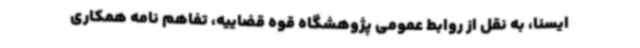
ایسنا، به نقل از روابط عمومی پژوهشگاه قوه قضاییه، تفاهم نامه همکاری